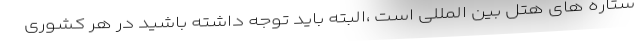
ستاره های هتل بین المللی است ،البته باید توجه داشته باشید در هر کشوری